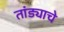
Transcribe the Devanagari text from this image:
तांड्याचे